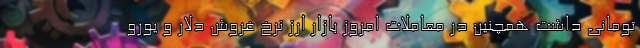
تومانی داشت همچنین در معاملات امروز بازار ارز نرخ فروش دلار و یورو